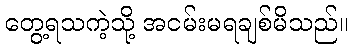
တွေ့ရသကဲ့သို့ အငမ်းမရချစ်မိသည်။